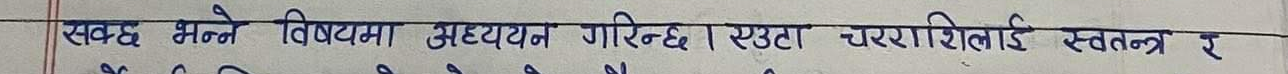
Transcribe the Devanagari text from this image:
सक्छ भन्ने विषयमा अध्ययन गरिन्छ। एउटा चरराशिलाइ स्वतन्त्र र